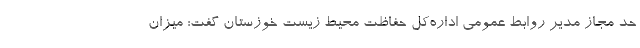
حد مجاز مدیر روابط عمومی اداره‌کل حفاظت محیط زیست خوزستان گفت: میزان